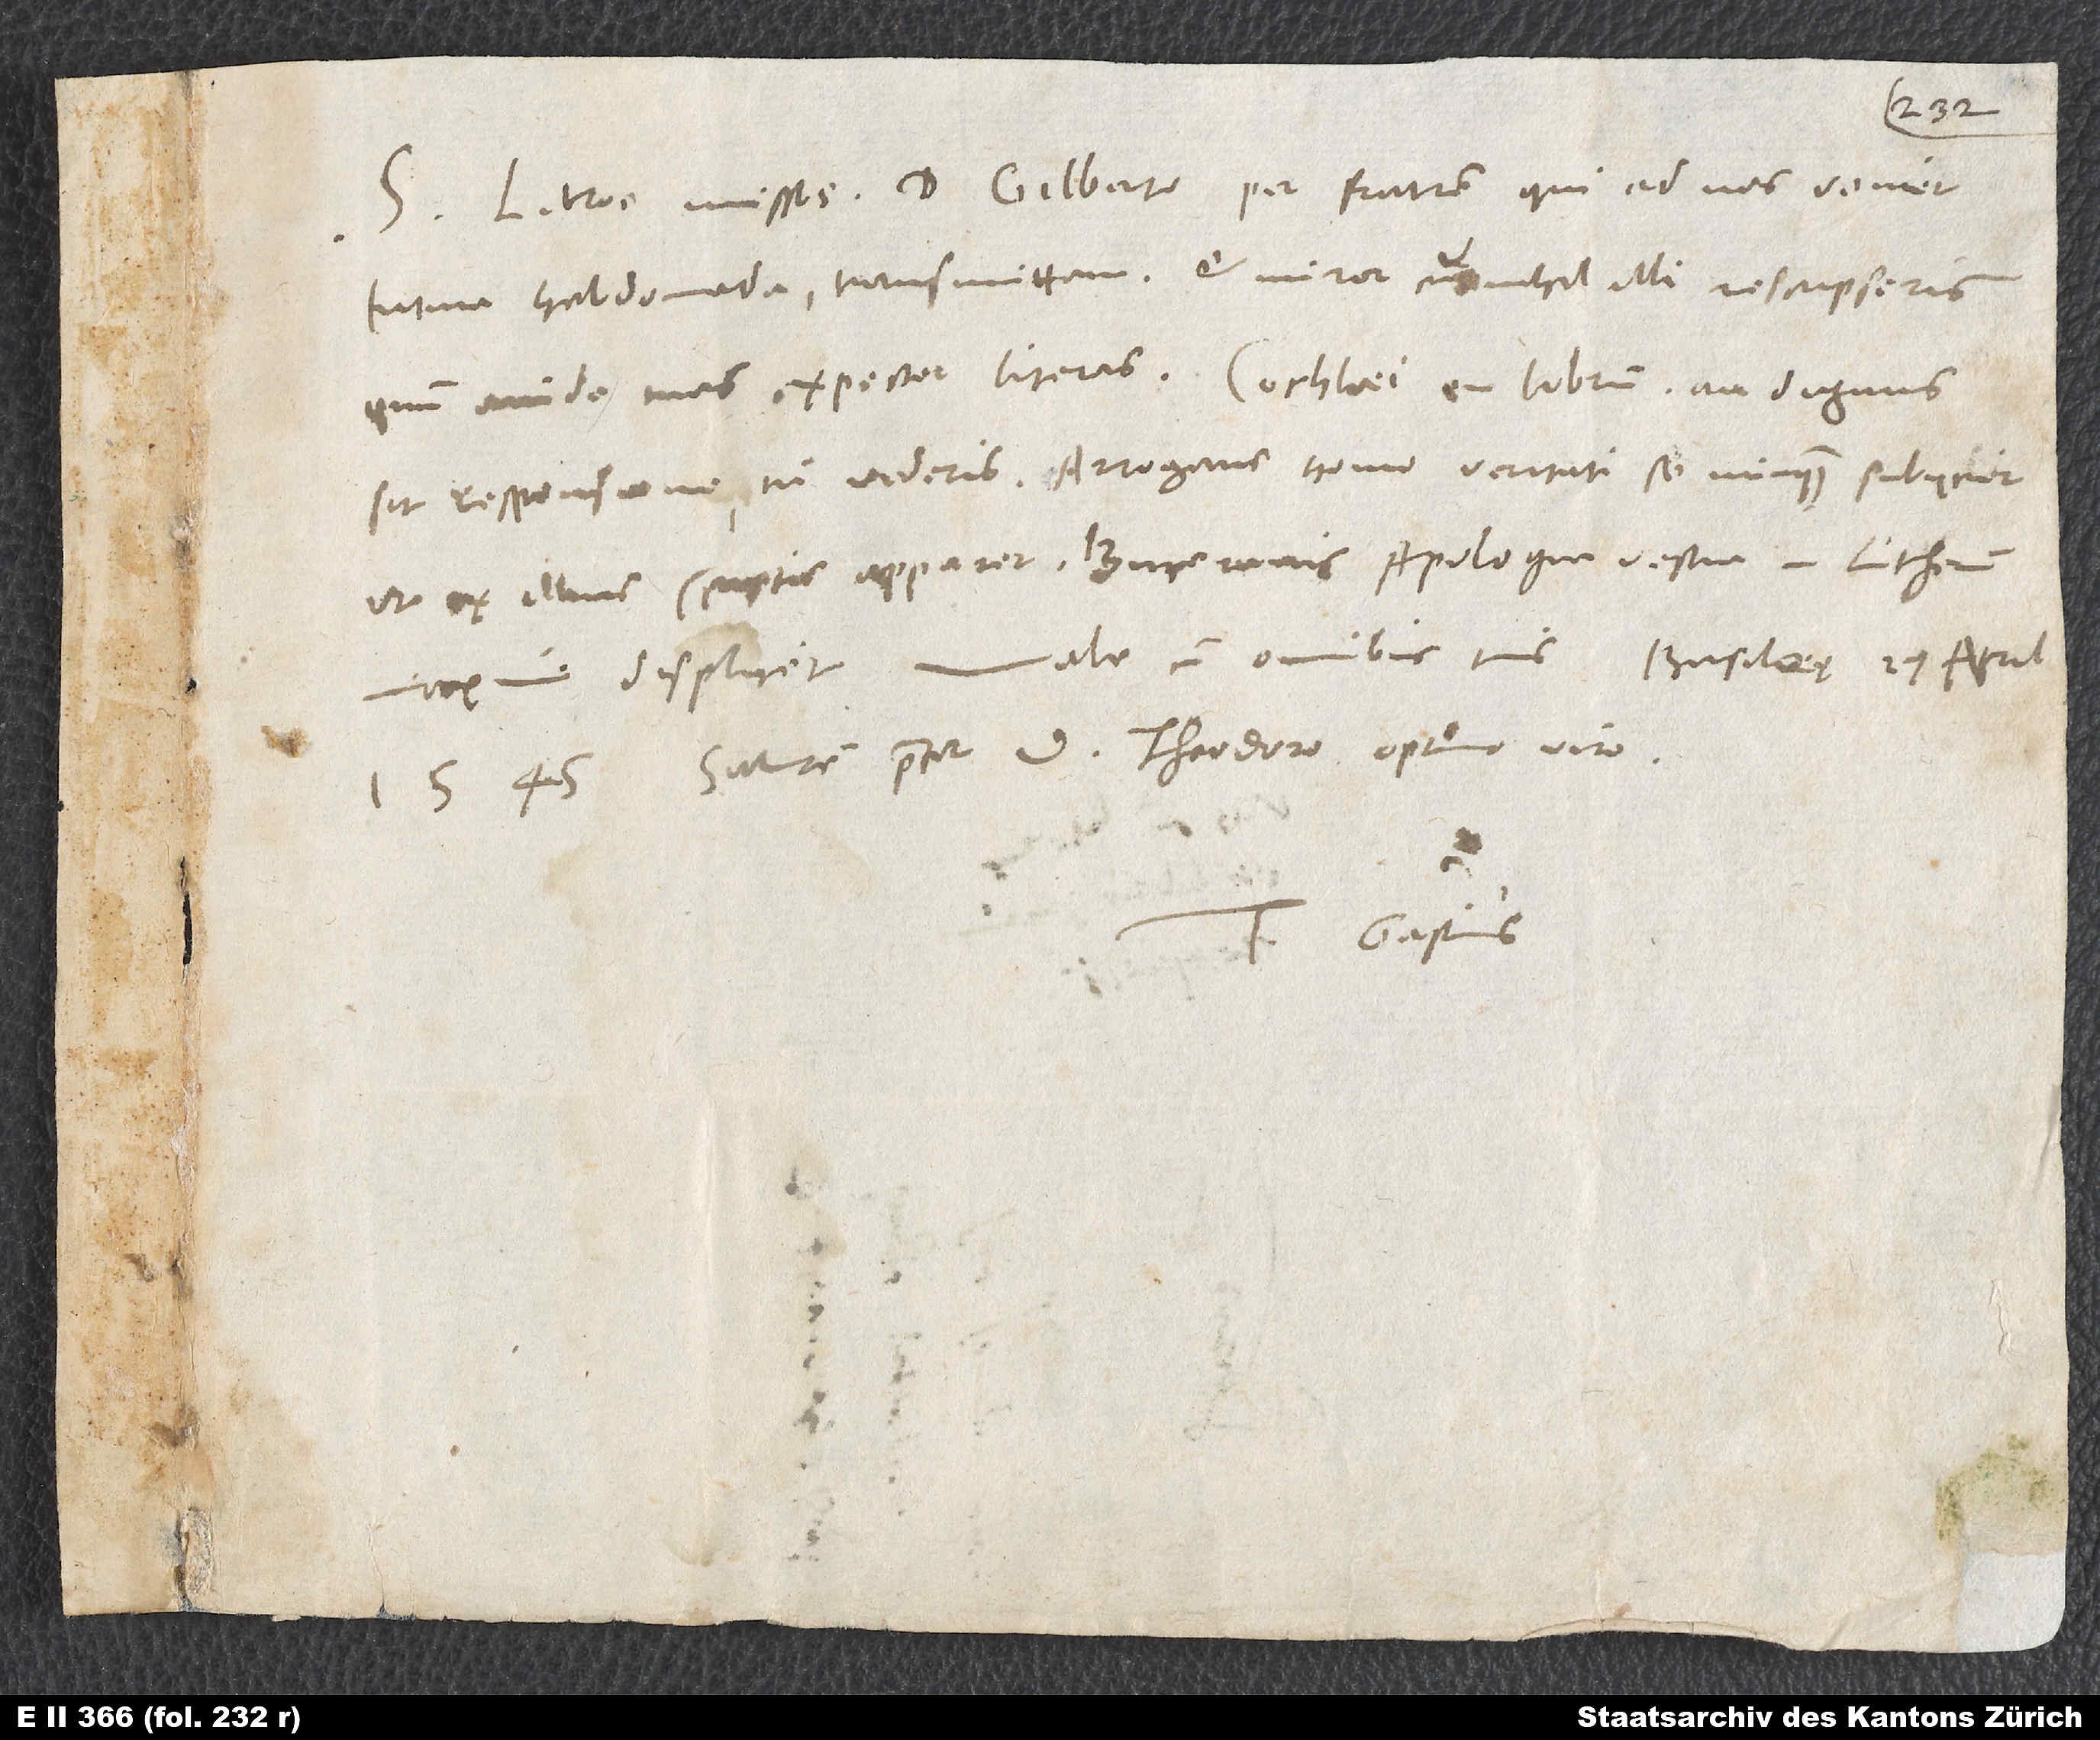
S. Literas missas d. Gilberto per fratrem, qui ad nos veniet
futura hebdomada, transmittam et miror, cur nihil illi rescripseris,
sit responsione, tu videris. Arrogans homo veritati se nunquam subiiciet,
Salutem precor d. Theodoro, optimo viro.
Tuus Gastius.